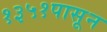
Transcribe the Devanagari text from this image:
१३५१पासून